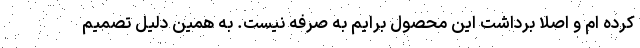
کرده ام و اصلا برداشت این محصول برایم به صرفه نیست. به همین دلیل تصمیم